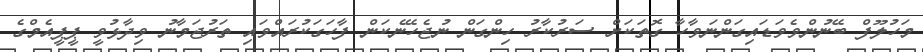
މަހުލޫފް ބޭނުންވެވަޑައިގަންނަވާހާ ގޮތަކަށް ސަރުކާރު ހިންގަން ނުޖެހޭނެކަން ފާހަގަކުރައްވައި ތަރުޖަމާނު ވިދާޅުވީ ޕީޕީއެމްގެ